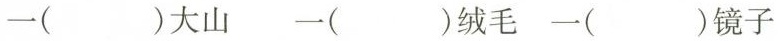
一（）大山 一（）绒毛 一（）镜子